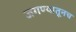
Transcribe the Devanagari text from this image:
जगण्यातूनच